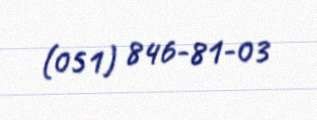
(051) 846-81-03